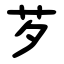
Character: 芕